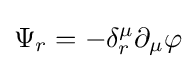
\Psi _{r}=-\delta _{r}^{\mu }\partial _{\mu }\varphi